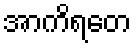
အာကိရတေ